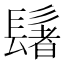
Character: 𫙀